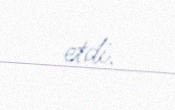
etdi.